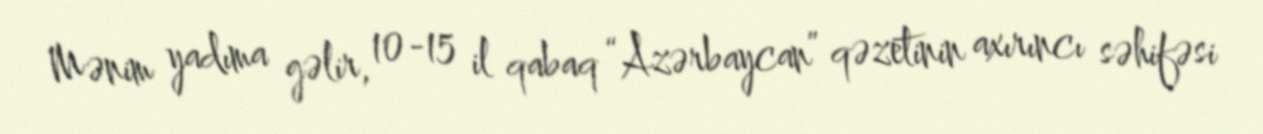
Mənim yadıma gəlir, 10-15 il qabaq “Azərbaycan” qəzetinin axırıncı səhifəsi